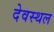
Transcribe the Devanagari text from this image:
देवस्थल